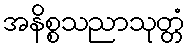
အနိစ္စသညာသုတ္တံ